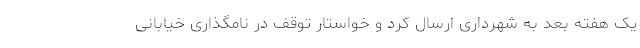
یک هفته بعد به شهرداری ارسال کرد و خواستار توقف در نامگذاری خیابانی